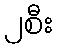
၂စီး